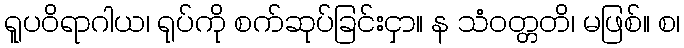
ရူပဝိရာဂါယ၊ ရုပ်ကို စက်ဆုပ်ခြင်းငှာ။ န သံဝတ္တတိ၊ မဖြစ်။ စ၊